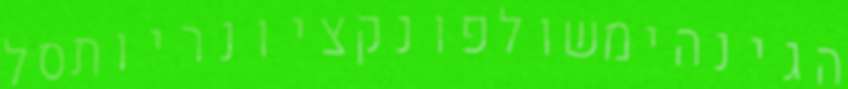
הגינהימשולפונקציונריותסל